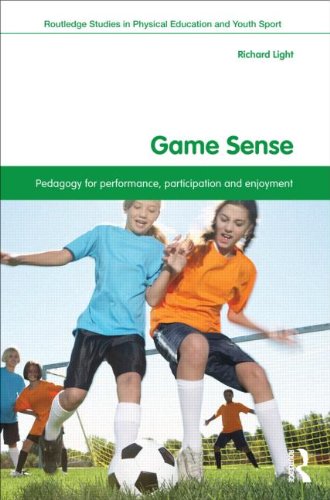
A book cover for Game Sense: Pedagogy for Performance, Participation and Enjoyment (Routledge Studies in Physical Education and Youth Sport); Richard Light; Sports & Outdoors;